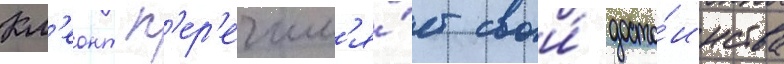
Кл'еонт п'ер'ечисл'я́ет свои́ досто́инства